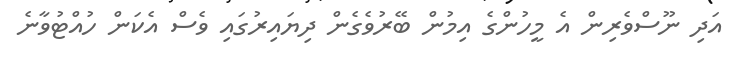
އަދި ނޫސްވެރިން އެ މީހުންގެ އިމުން ބޭރުވެގެން ދިޔައިރުގައި ވެސް އެކަން ހުއްޓުވާނެ